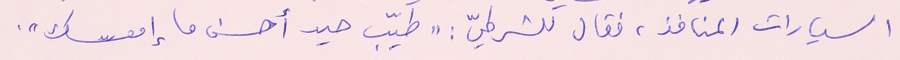
السيارات المنافذ، فقال للشرطيّ: "طيّب حيد أحسن ما إمعسك".